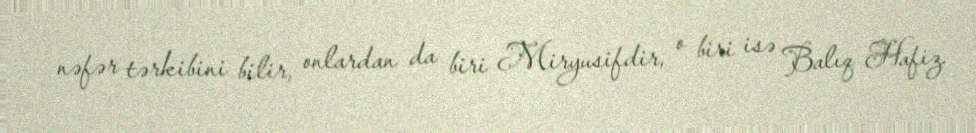
nəfər tərkibini bilir, onlardan da biri Miryusifdir, o biri isə Balıq Hafiz.